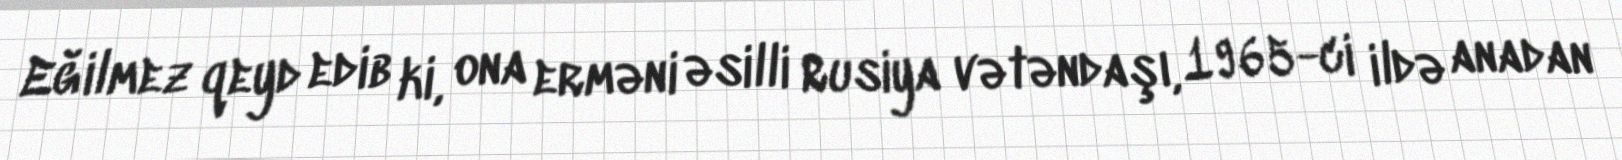
Eğilmez qeyd edib ki, ona erməni əsilli Rusiya vətəndaşı, 1965-ci ildə anadan